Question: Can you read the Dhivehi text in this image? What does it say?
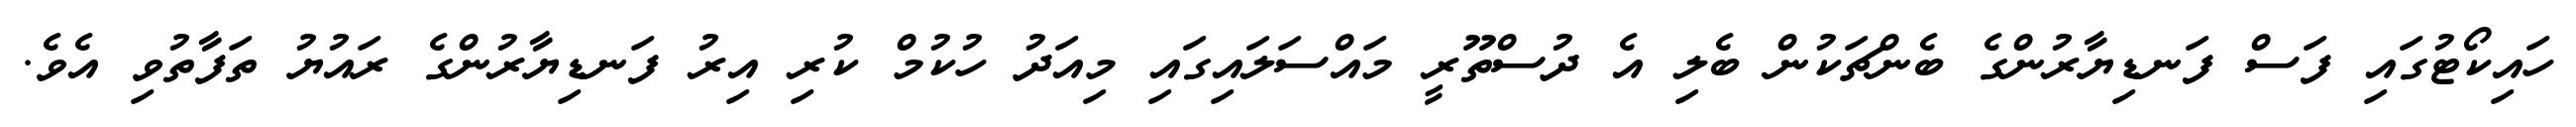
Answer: ހައިކޯޓުގައި ފަސް ފަނޑިޔާރުންގެ ބެންޗަކުން ބެލި އެ ދުސްތޫރީ މައްސަލައިގައި މިއަދު ހުކުމް ކުރި އިރު ފަނޑިޔާރުންގެ ރައުޔު ތަފާތުވި އެވެ.